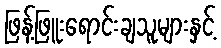
ဖြန့်ဖြူးရောင်းချသူများနှင့်